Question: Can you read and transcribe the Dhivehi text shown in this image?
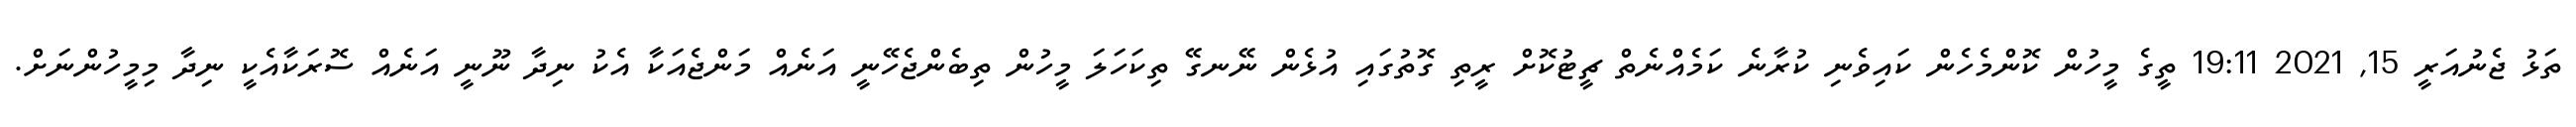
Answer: ތަޅު ޖެނުއަރީ 15, 2021 19:11 ތީގެ މީހުން ކޮންމެހެން ކައިވެނި ކުރާނެ ކަމެއްނެތް ޗީޓުކޮށް ރީތި ގޮތުގައި އުޅެން ނޭނގޭ ތިކަހަލަ މީހުން ތިބެންޖެހޭނީ އަނެއް މަންޖެއަކާ އެކު ނިދާ ނޫނީ އަނެއް ސޮރަކާއެކީ ނިދާ މިމީހުންނަށް.